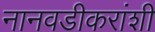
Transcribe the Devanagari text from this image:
नानवडीकरांशी